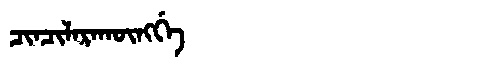
Manchu: ᠴᡳᠨᠴᡳᠯᠠᡵᠠᡴᡡᠩᡤᡝ
Romanization: CINCILARAKŪNGGE